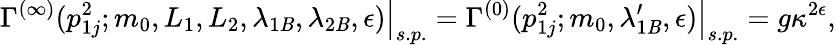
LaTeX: \left.\Gamma^{(\infty)}(p_{1j}^{2};m_{0},L_{1},L_{2},\lambda_{1\mathit{B}},\lambda_{2\mathit{B}},\epsilon)\right|_{s.p.}=\left.\Gamma^{(0)}(p_{1j}^{2};m_{0},\lambda_{1\mathit{B}}^{\prime},\epsilon)\right|_{s.p.}=g\kappa^{2\epsilon},